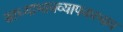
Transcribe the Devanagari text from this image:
साध्याभावव्यापकाभाव